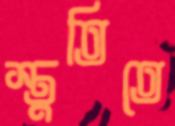
স্তুতিতে